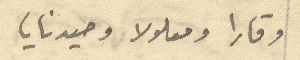
وقارا ومعلولا وصيدنايا